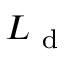
L _ { \mathrm { ~ d ~ } }